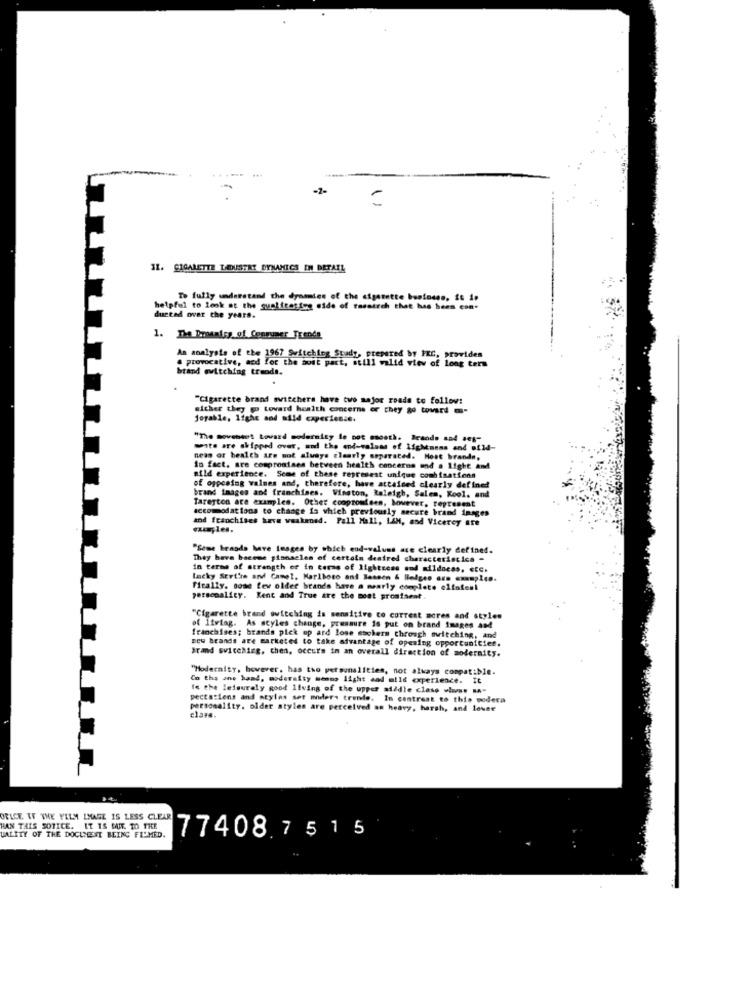
11. CIGARETTE LADUSTRY DYNAMICS IN DETAIL
To fully understand the dynamies of the cigarette business, it 1.
helpful to look at the gualitative ofde of tassirch that has been con-
ducted over the years.
1. The Droantes of Conrumer Trends
. provocative, acd for the most part, still valid view of long term
An analysis of the 1967 Switching Study, prepared by IKC, provides
brand switching trends.
"Cigarette brand switchers have two major roads to follow:
sicher they go tovard health concerns or they go toward -
Jogable, light and afld caperien.e.
"The movement toward modernity le not smooth. Brands sat ses"
mate are shipped over, and the end-values of IfeMtness and oild-
neas of bealth are not always clearly separated. Most brande,
in fact. are compromises between health concerns and a light and
afld experience. Some of these represest unique comhisations
of opposing walnes and, therefore, have attained clearly defined
brand images and franchises. Winston, Raleigh, Salem, Kool, and
Tareyton are examples. Other conpromises, however, represent
accommodations to change is which previously secure brand inages
and franchises have weakened. Pall Mall, LAH, and Vicerey are
-uples.
"Some brands have images by which end-values are clearly defined.
They have become pinnacles of certain desired characteristics -
In terms of strength of in terms of lightness mod mildoces, ECC.
lucky Seri'me and Camel. Marlboro and Bassen & Belges ors example8.
fically. sose few older brands have a mearly complete elfatenl
personality. Kent and True are the most promiseat.
"Cigarette brand switching is sensitive to correst mores and styles
of Itviag. As styles change, pressure is put on brand images and
franchises; brands pick op ard lose escherm through mitching, and
new brands are marketed to take advantage of opening opportunities.
Brand switching, chen, occurs in an overall direction of modernity.
"Modernity, however, has tho personalities, not always compatible.
Co tha ane hand, moderaity memmo light and mild experience. It
is the leisurely good 11vins of the upper aiddle class viss BA-
pectatiens and styles set moders trende. In contrast to this podeca
personality. older atyles are perceived an heavy, harsh, and lower
cla#4.
OFICE. IF THE FILM IMAGE IS LESS CLEAR
HAN TAIS SOTICE. IT IS MIT. TO THE
UALITY OF THE DOCUMENT BEING FILMED.
77408.7515